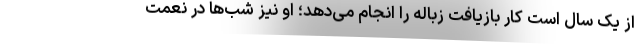
از یک سال است کار بازیافت زباله را انجام می‌دهد؛ او نیز شب‌ها در نعمت